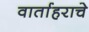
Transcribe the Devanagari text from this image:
वार्ताहराचे